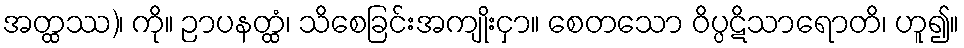
အတ္ထဿ)၊ ကို။ ဉာပနတ္ထံ၊ သိစေခြင်းအကျိုးငှာ။ စေတသော ဝိပ္ပဋိသာရောတိ၊ ဟူ၍။